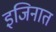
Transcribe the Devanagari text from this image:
इजिनात